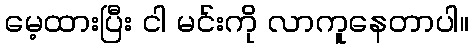
မေ့ထားပြီး ငါ မင်းကို လာကူနေတာပါ။